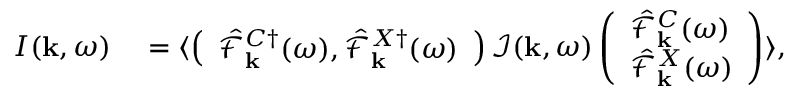
\begin{array} { r l } { I ( { \bf k } , \omega ) } & { { } = \langle \left( \begin{array} { l } { \hat { \mathcal { F } } _ { { \bf k } } ^ { C \dagger } ( \omega ) , \hat { \mathcal { F } } _ { { \bf k } } ^ { X \dagger } ( \omega ) } \end{array} \right) \mathcal { I } ( { \bf k } , \omega ) \left( \begin{array} { l } { \hat { \mathcal { F } } _ { { \bf k } } ^ { C } ( \omega ) } \\ { \hat { \mathcal { F } } _ { { \bf k } } ^ { X } ( \omega ) } \end{array} \right) \rangle , } \end{array}